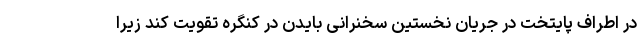
در اطراف پایتخت در جریان نخستین سخنرانی بایدن در کنگره تقویت کند زیرا